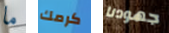
ما كرمك جهودنا